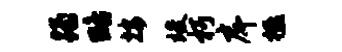
躅略按竣朽戽楹